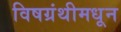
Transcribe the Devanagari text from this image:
विषग्रंथीमधून